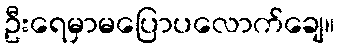
ဦးရေမှာမပြောပလောက်ချေ။